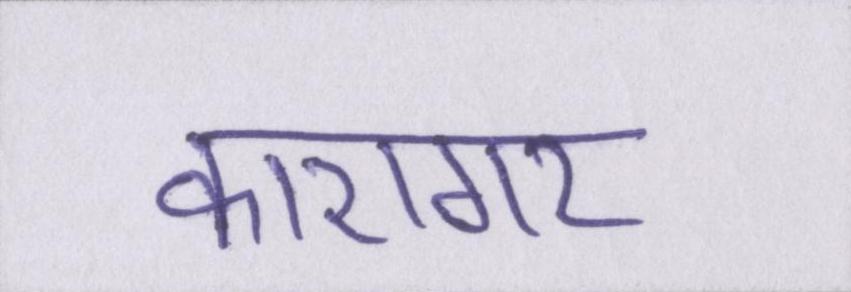
कारागर